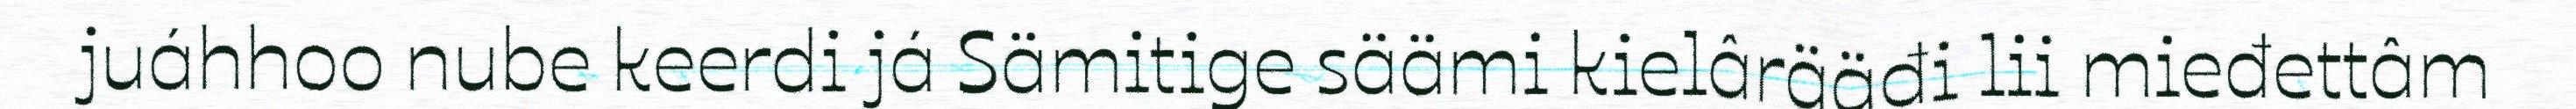
juáhhoo nube keerdi já Sämitige säämi kielârääđi lii mieđettâm